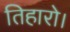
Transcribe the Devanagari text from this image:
तिहारो।